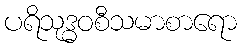
ပရိသုဒ္ဓဝစီသမာစာရော